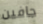
جافين